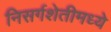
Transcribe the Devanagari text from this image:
निसर्गशेतीमध्ये